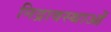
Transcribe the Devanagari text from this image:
निद्रावस्थाओं